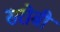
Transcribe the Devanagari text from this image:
सरोबी